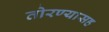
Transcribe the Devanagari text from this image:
तोरण्यासह